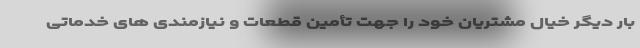
بار دیگر خیال مشتریان خود را جهت تأمین قطعات و نیازمندی های خدماتی